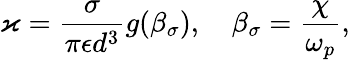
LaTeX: \varkappa=\frac{\sigma}{\pi\epsilon d^{3}}g(\beta_{\sigma}),\quad\beta_{\sigma}=\frac{\chi}{\omega_{p}},